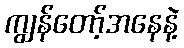
ကျွန်တော့်အနေနဲ့